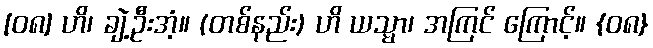
[၀၈] ဟိ၊ ချဲ့ဦးအံ့။ (တစ်နည်း) ဟိ ယသ္မာ၊ အကြင် ကြောင့်။ {၀၈}